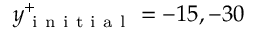
y _ { \mathrm { ~ i ~ n ~ i ~ t ~ i ~ a ~ l ~ } } ^ { + } = - 1 5 , - 3 0